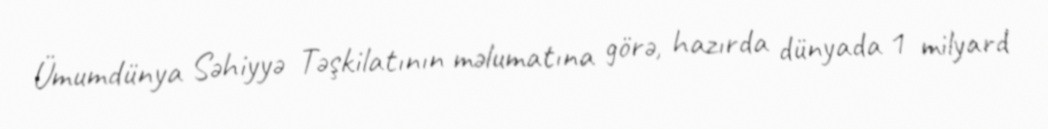
Ümumdünya Səhiyyə Təşkilatının məlumatına görə, hazırda dünyada 1 milyard